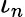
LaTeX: \iota_{n}